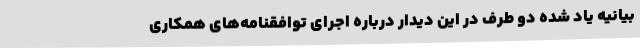
بیانیه یاد شده دو طرف در این دیدار درباره اجرای توافقنامه‌های همکاری